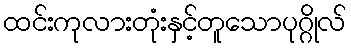
ထင်းကုလားတုံးနှင့်တူသောပုဂ္ဂိုလ်